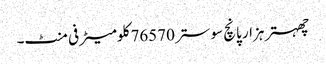
چھہتر ہزار پانچ سو ستر 76570 کلومیٹر فی منٹ۔